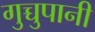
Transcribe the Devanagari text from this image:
गुच्चुपानी